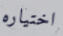
اختياره